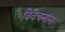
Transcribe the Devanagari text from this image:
विवेचनांना